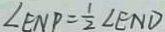
\angle E N P = \frac { 1 } { 2 } \angle E N D